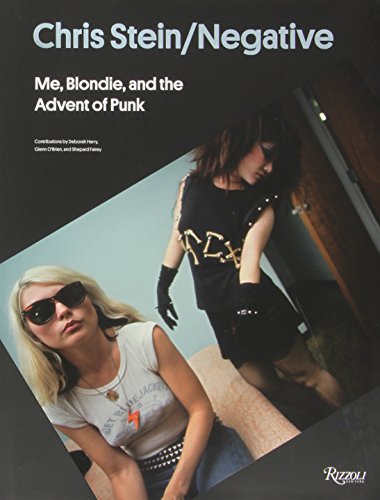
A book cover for Chris Stein / Negative: Me, Blondie, and the Advent of Punk; Chris Stein; Arts & Photography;